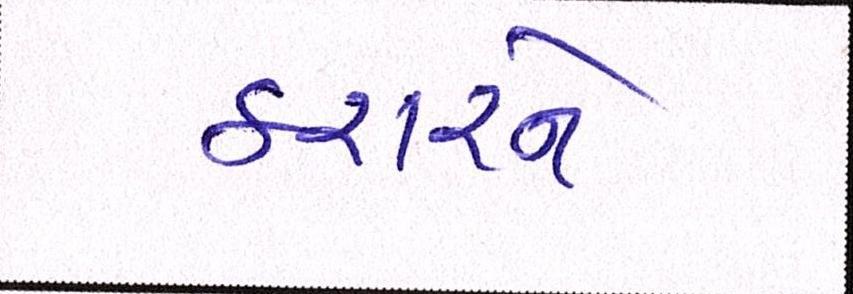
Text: કરારને